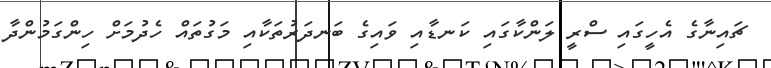
ޗައިނާގެ އެހީގައި ސްރީ ލަންކާގައި ކަނޑާއި ވައިގެ ބަނދަރުތަކާއި މަގުތައް ހެދުމަށް ހިންގަމުންދާ